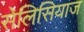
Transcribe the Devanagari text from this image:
सेलिसियाज